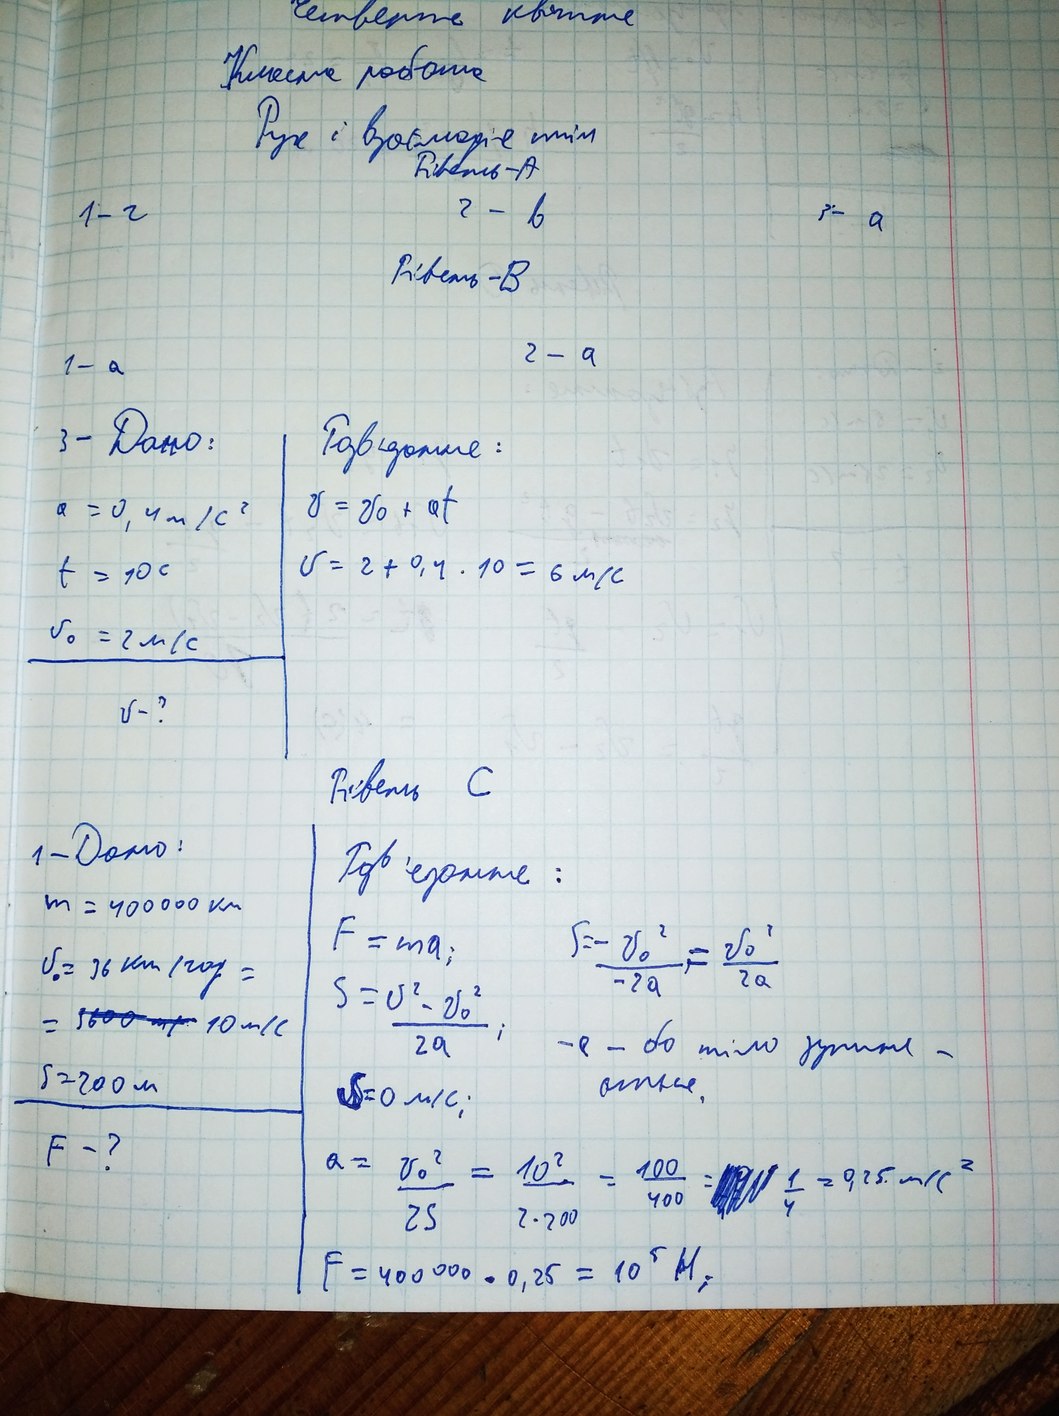
Четверте квітня
Класна робота
Рух і взаємодія тіл
Рівень-A
2- в
1- г
3- а
Рівень-B
2 - a
1 - a
3- Дано:
Розв'язання:
V= Vo + at
a = 0,4 m/c²
V = 2 + 0,4 · 10 = 6 м/с
t = 10 c
Vo = 2 м/с
V-?
Рівень С
1-Дано:
Розв'язання:
m = 4000 km
F=ma
F = (Vo^2 / -2a=Vo^2/2a
v₀ = 36 км/год =
S = (V^2 / -Vo^2)/2a і-e - бo тіло зупине-
=~~3600м/с~~ 10 м/с
S=200м
S=0 м/с; тся.
F-?
а = (Vо^2 / -2S)= 10^2/2*200=100/400=~~[Illegible]~~ 1/4=0?25 v*c^2
F = 400 000 * 0,25 = 10^5 H;